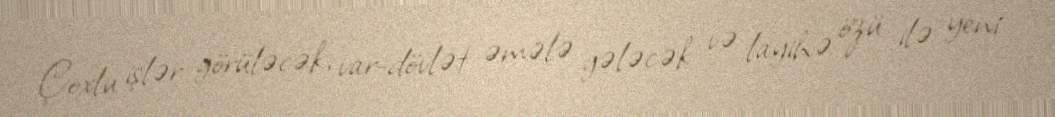
Çoxlu işlər görüləcək, var-dövlət əmələ gələcək və layihə özü ilə yeni